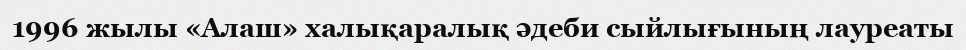
1996 жылы «Алаш» халықаралық әдеби сыйлығының лауреаты